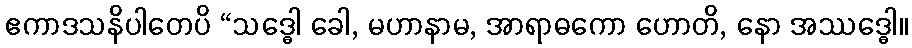
ဧကာဒသနိပါတေပိ “သဒ္ဓေါ ခေါ, မဟာနာမ, အာရာဓကော ဟောတိ, နော အဿဒ္ဓေါ။